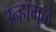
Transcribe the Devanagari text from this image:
उन्हामुळे